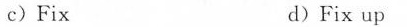
c)Fix d)Fix up